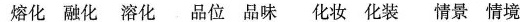
熔化 融化 溶化 品位 品味 化妆 化装 情景 情境